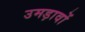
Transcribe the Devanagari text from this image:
उमड़ावों